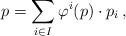
LaTeX: \begin{align*} p = \sum_{i\in I} \varphi^i(p) \cdot p_i\,, \end{align*}